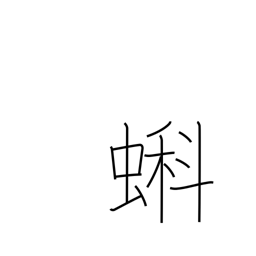
Meaning: tadpole